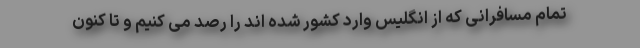
تمام مسافرانی که از انگلیس وارد کشور شده اند را رصد می کنیم و تا کنون